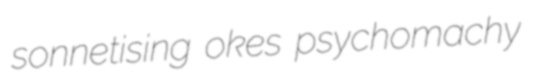
sonnetising okes psychomachy